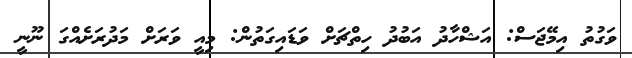
ވަގުތު އިމޭޖަސް: އަޝްހާދު އަބުދު ހިތްޗަށް ވަޑައިގަތުން: މިއީ ވަރަށް މަދުރަށެއްގަ ނޫނީ